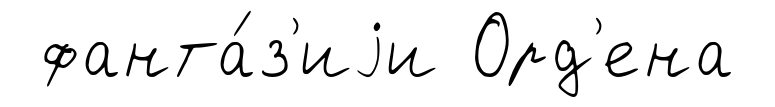
фанта́з'иjи Орд'ена